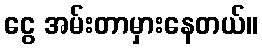
ငွေ အမ်းတာမှားနေတယ်။